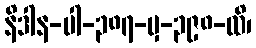
နိဒါန-ပါ-၃၈၇-မှ-၃၉၈-ထိ၊